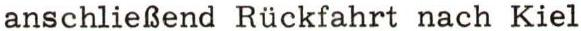
anschließend Rückfahrt nach Kiel